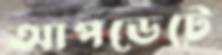
আপডেটে